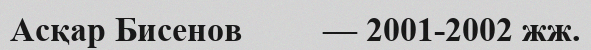
Асқар Бисенов         — 2001-2002 жж.